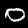
Label: 0